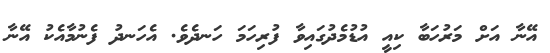
އޭނާ އަށް މަރުހަބާ ކިއީ އުޑުމެދުގައިވާ ފުރިހަމަ ހަނދެވެ. އެހަނދު ފެނުމާއެކު އޭނާ